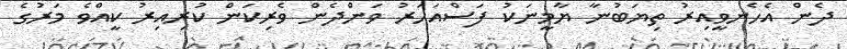
ދެން އެހެނވީއިރު ތިޔަބުނާ ޔާމީނަކު ފަސްއަހަރު ވަންދެން ވެރިކަން ކުރިއިރު ކީއްވެ މަރުގެ